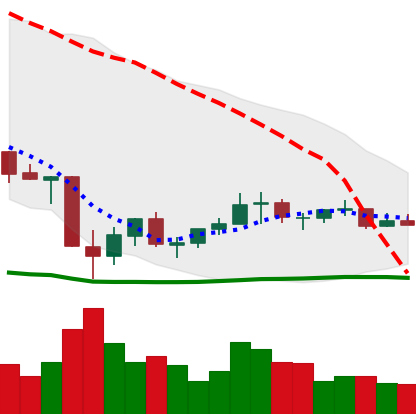
Ticker: EOS-USD
Chart end date: 2021-07-07
Forward return: 9.741%
Label: up_7plus